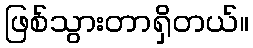
ဖြစ်သွားတာရှိတယ်။